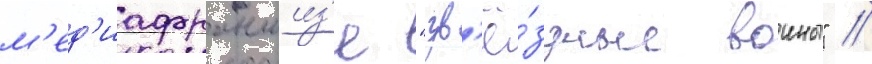
м'ед'иафраншиз'е "зв'ё́здные воины" //